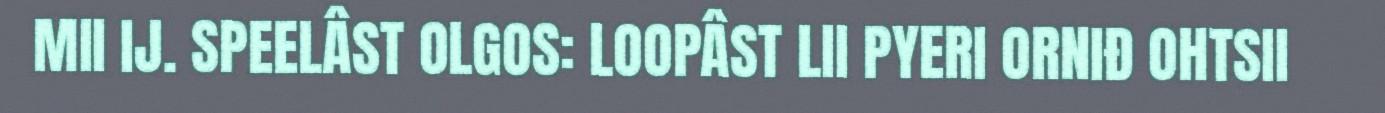
MII IJ. SPEELÂST OLGOS: LOOPÂST LII PYERI ORNIĐ OHTSII